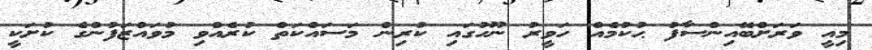
މިއީ ވަރަށްބޭއިންސާފު ޙުކުމެއް ހަވީރު ނޫހުގައި ކުރިން މަސައްކަތް ކުރެއްވި މުވައްޒަފުންގެ ކުށަކީ